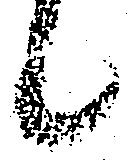
候